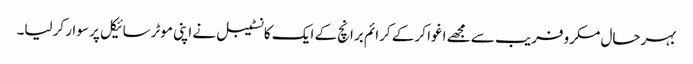
بہرحال مکروفریب سے مجھے اغوا کر کے کرائم برانچ کے ایک کانسٹیبل نے اپنی موٹرسائیکل پر سوار کرلیا۔